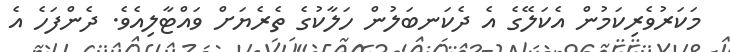
މަކަރުވެރިކަމުން އެކަލޭގެ އެ ދެކަނބަލުން ހަލާކުގެ ތެރެޔަށް ވައްޓާލިއެވެ. ދެންފަހެ އެ